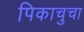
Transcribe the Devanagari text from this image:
पिकाचुचा